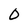
Character: O